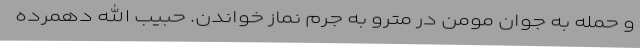
و حمله به جوان مومن در مترو به جرم نماز خواندن. حبیب الله دهمرده